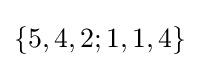
\{5,4,2;1,1,4\}